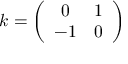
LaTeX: k = \left( \begin{array} { c c } { { 0 } } & { { 1 } } \\ { { - 1 } } & { { 0 } } \end{array} \right)